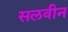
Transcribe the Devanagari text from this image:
सलवीन